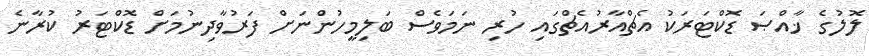
ލޮލުގެ ޚާއްޞަ ޑޮކްޓަރަކު އެޗްއާރުއެޗްގައި ހުރި ނަމަވެސް ބަލިމީހުންނަށް ފަރުވާދިނުމަށް ޑޮކްޓަރު ކުރާނެ